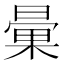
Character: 𣉰